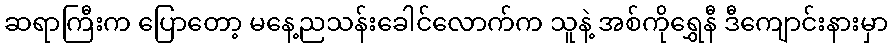
ဆရာကြီးက ပြောတော့ မနေ့ညသန်းခေါင်လောက်က သူနဲ့ အစ်ကိုရွှေနီ ဒီကျောင်းနားမှာ